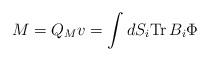
LaTeX: \begin{align*}M = Q_M v = \int dS_i {\rm Tr}\, B_i\Phi \end{align*}